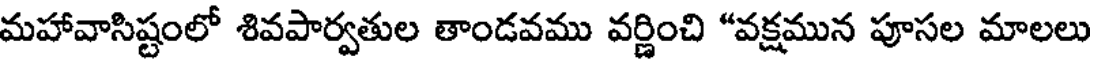
మహావాసిష్టంలో శివపార్వతుల తాండవము వర్ణించి "వక్షమున పూసల మాలలు